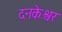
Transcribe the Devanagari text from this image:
दनकेश्वर